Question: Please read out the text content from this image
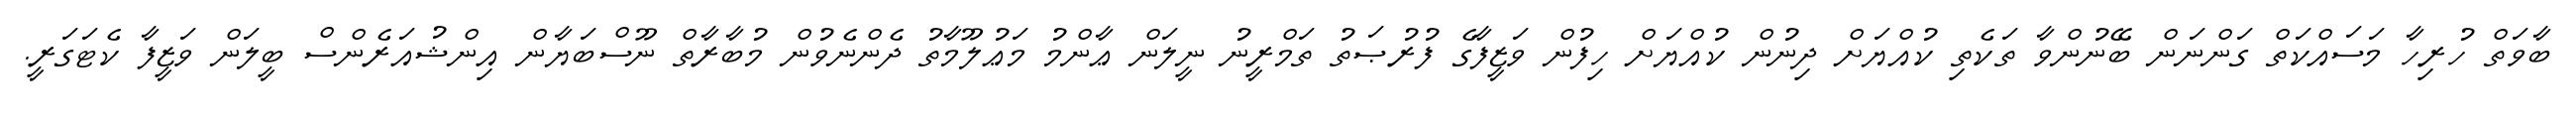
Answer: ބާވަތް ހުރިހާ މަސައްކަތް ގަންނަން ބޭނުންވާ ތަކެތި ކުއްޔަށް ދިނުން ކުއްޔަށް ހިފުން ވަޒީފާގެ ފުރުޞަތު ތަމްރީނު ނީލަން ޢާންމު މަޢުލޫމާތު ދެންނެވުން މުބާރާތް ނޫސްބަޔާން އިންޝުއަރެންސް ބީލަން ވަޒީފާ ކެޓަގަރީ.